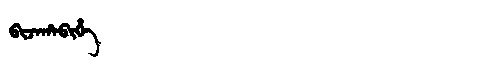
Manchu: ᠪᡳᠵᠠᡥᠠᠪᡳᡥᡝ
Romanization: BIJAHABIHE